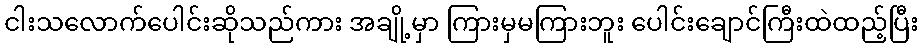
ငါးသလောက်ပေါင်းဆိုသည်ကား အချို့မှာ ကြားမှမကြားဘူး ပေါင်းချောင်ကြီးထဲထည့်ပြီး